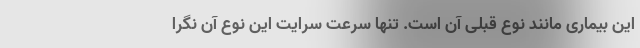
این بیماری مانند نوع قبلی آن است. تنها سرعت سرایت این نوع آن نگرا